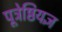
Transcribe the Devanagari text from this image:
पूत्रेष्ठियज्ञ